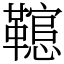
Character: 䪀